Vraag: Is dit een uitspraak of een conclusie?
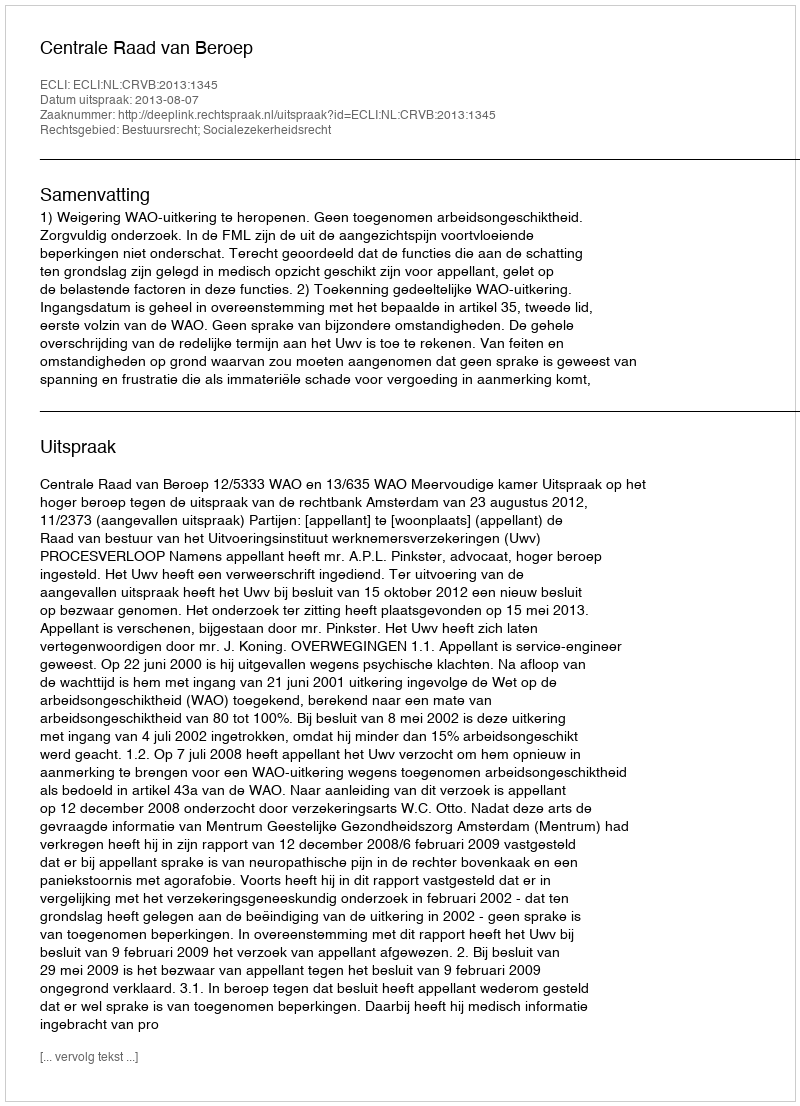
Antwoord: Uitspraak